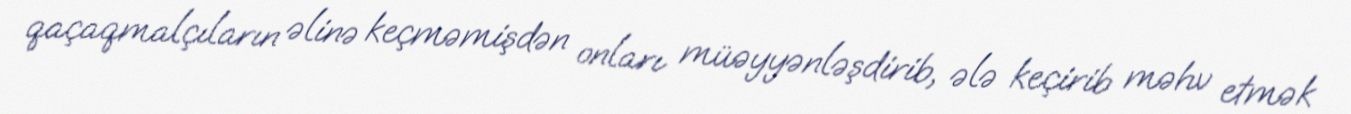
qaçaqmalçıların əlinə keçməmişdən onları müəyyənləşdirib, ələ keçirib məhv etmək